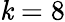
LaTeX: \mathit{k}=8